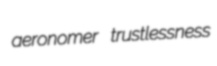
aeronomer trustlessness